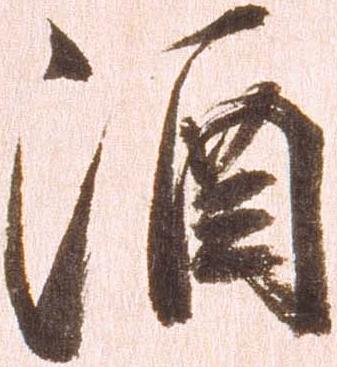
酒